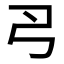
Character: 𢎛